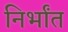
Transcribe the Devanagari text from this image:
निर्भांत